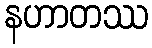
နဟာတဿ